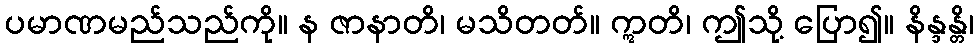
ပမာဏမည်သည်ကို။ န ဇာနာတိ၊ မသိတတ်။ ဣတိ၊ ဤသို့ ပြော၍။ နိန္ဒန္တိ၊